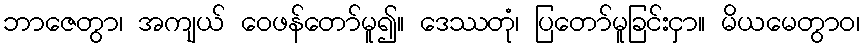
ဘာဇေတွာ၊ အကျယ် ဝေဖန်တော်မူ၍။ ဒေဿတုံ၊ ပြတော်မူခြင်းငှာ။ မိယမေတွာဝ၊